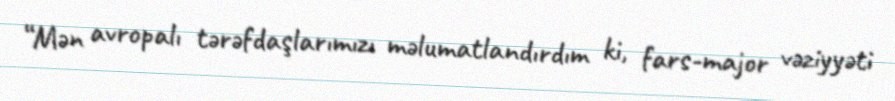
“Mən avropalı tərəfdaşlarımızı məlumatlandırdım ki, fars-major vəziyyəti